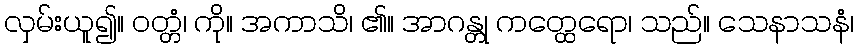
လှမ်းယူ၍။ ဝတ္တံ၊ ကို။ အကာသိ၊ ၏။ အာဂန္တု ကတ္ထေရော၊ သည်။ သေနာသနံ၊